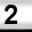
Digit: 2